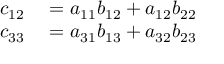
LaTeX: \begin{array} { r l } { c _ { 1 2 } } & { { } = { a _ { 1 1 } } { b _ { 1 2 } } + { a _ { 1 2 } } { b _ { 2 2 } } } \\ { c _ { 3 3 } } & { { } = { a _ { 3 1 } } { b _ { 1 3 } } + { a _ { 3 2 } } { b _ { 2 3 } } } \end{array}